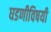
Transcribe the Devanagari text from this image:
घडणीविषयी